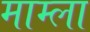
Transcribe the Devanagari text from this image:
माम्ला